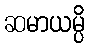
ဆမာယမ္ပိ